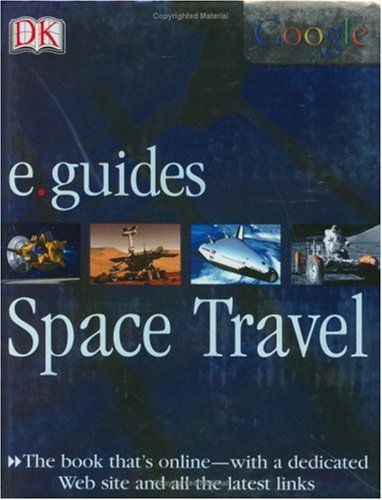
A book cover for Space Travel (DK/Google E.guides); Ian Graham; Children's Books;